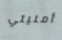
أمنيتي